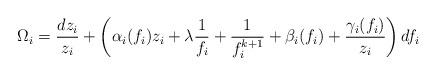
LaTeX: \begin{align*}\Omega_i = \frac{dz_i}{z_i} + \left( \alpha_i(f_i) z_i + \lambda\frac{1}{f_i} + \frac{1}{f_i^{k+1}} + \beta_i(f_i)+\frac{\gamma_i(f_i)}{z_i} \right)df_i \,\end{align*}